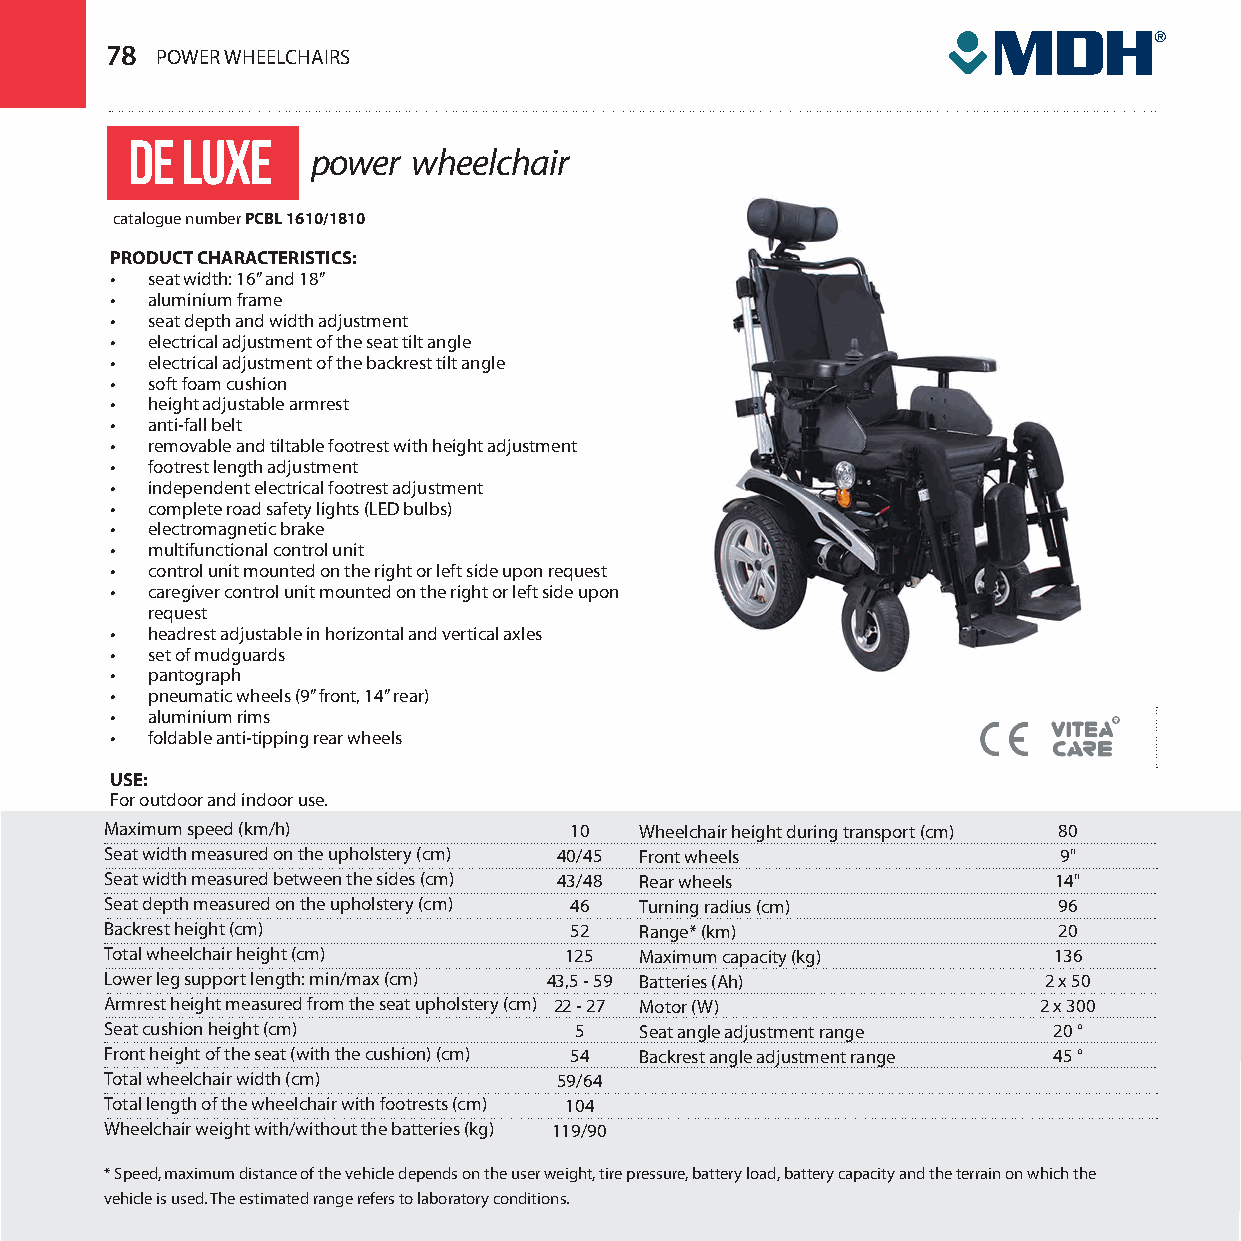
78 POWER WHEELCHAIRS
 de  luxe
 power wheelchair
 catalogue number PCBL 1610/1810
 PRODUCT CHARACTERISTICS:
 •  seat width: 16” and 18”
 •  aluminium frame
 •  seat depth and width adjustment
 •  electrical adjustment of the seat tilt angle
 •  electrical adjustment of the backrest tilt angle
 •  soft foam cushion
 •  height adjustable armrest
 •  anti-fall belt
 •  removable and tiltable footrest with height adjustment
 •  footrest length adjustment
 •  independent electrical footrest adjustment
 •  complete road safety lights (LED bulbs)
 •  electromagnetic brake
 •  multifunctional control unit
 •  control unit mounted on the right or left side upon request
 •  caregiver control unit mounted on the right or left side upon
 request
 •  headrest adjustable in horizontal and vertical axles
 •  set of mudguards
 •  pantograph
 •  pneumatic wheels (9” front, 14” rear)
 •  aluminium rims
 •  foldable anti-tipping rear wheels
 USE:
 For outdoor and indoor use.
 Maximum speed (km/h)           10  Wheelchair height during transport (cm) 80
 Seat width measured on the upholstery (cm) 40/45 Front wheels  9"
 Seat width measured between the sides (cm) 43/48 Rear wheels   14"
 Seat depth measured on the upholstery (cm) 46 Turning radius (cm) 96
 Backrest height (cm)           52  Range* (km)                 20
 Total wheelchair height (cm)  125  Maximum capacity (kg)       136
 Lower leg support length: min/max (cm) 43,5 - 59 Batteries (Ah) 2 x 50
 Armrest height measured from the seat upholstery (cm) 22 - 27 Motor (W) 2 x 300
 Seat cushion height (cm)       5   Seat angle adjustment range 20 °
 Front height of the seat (with the cushion) (cm) 54 Backrest angle adjustment range 45 °
 Total wheelchair width (cm)   59/64
 Total length of the wheelchair with footrests (cm) 104
 Wheelchair weight with/without the batteries (kg) 119/90
 * Speed, maximum distance of the vehicle depends on the user weight, tire pressure, battery load, battery capacity and the terrain on which the
 vehicle is used. The estimated range refers to laboratory conditions.